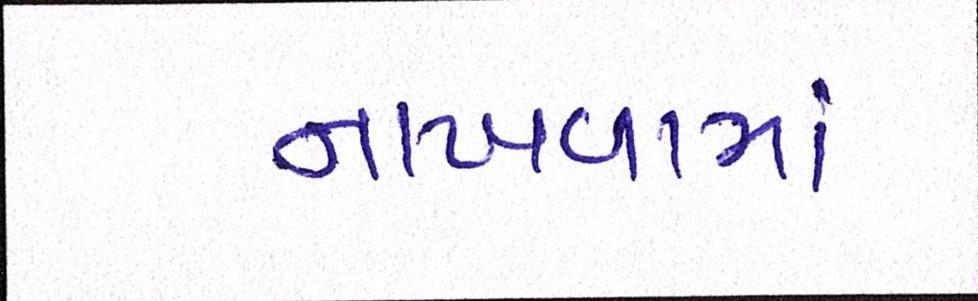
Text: નાખવામાં